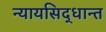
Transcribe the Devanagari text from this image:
न्यायसिद्धान्त